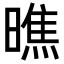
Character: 𭧭